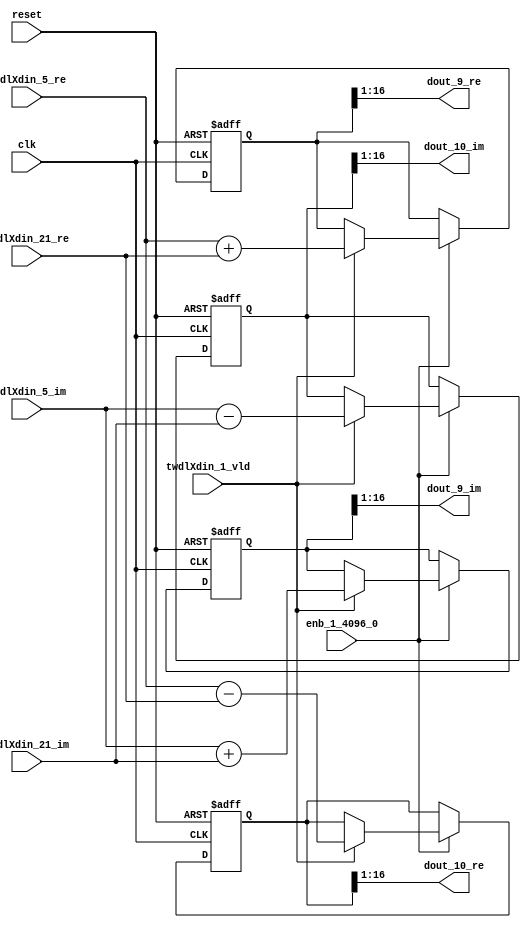
// -------------------------------------------------------------
// 
// 
// Generated by MATLAB 9.14 and HDL Coder 4.1
// 
// -------------------------------------------------------------


// -------------------------------------------------------------
// 
// Module: RADIX22FFT_SDNF1_3_block3
// Source Path: dsphdl.IFFT/RADIX22FFT_SDNF1_3
// Hierarchy Level: 4
// 
// -------------------------------------------------------------

`timescale 1 ns / 1 ns

module RADIX22FFT_SDNF1_3_block3
          (clk,
           reset,
           enb_1_4096_0,
           twdlXdin_5_re,
           twdlXdin_5_im,
           twdlXdin_21_re,
           twdlXdin_21_im,
           twdlXdin_1_vld,
           dout_9_re,
           dout_9_im,
           dout_10_re,
           dout_10_im);


  input   clk;
  input   reset;
  input   enb_1_4096_0;
  input   signed [15:0] twdlXdin_5_re;  // sfix16_En14
  input   signed [15:0] twdlXdin_5_im;  // sfix16_En14
  input   signed [15:0] twdlXdin_21_re;  // sfix16_En14
  input   signed [15:0] twdlXdin_21_im;  // sfix16_En14
  input   twdlXdin_1_vld;
  output  signed [15:0] dout_9_re;  // sfix16_En14
  output  signed [15:0] dout_9_im;  // sfix16_En14
  output  signed [15:0] dout_10_re;  // sfix16_En14
  output  signed [15:0] dout_10_im;  // sfix16_En14


  reg signed [16:0] Radix22ButterflyG1_NF_btf1_re_reg;  // sfix17
  reg signed [16:0] Radix22ButterflyG1_NF_btf1_im_reg;  // sfix17
  reg signed [16:0] Radix22ButterflyG1_NF_btf2_re_reg;  // sfix17
  reg signed [16:0] Radix22ButterflyG1_NF_btf2_im_reg;  // sfix17
  reg  Radix22ButterflyG1_NF_dinXtwdl_vld_dly1;
  reg signed [16:0] Radix22ButterflyG1_NF_btf1_re_reg_next;  // sfix17_En14
  reg signed [16:0] Radix22ButterflyG1_NF_btf1_im_reg_next;  // sfix17_En14
  reg signed [16:0] Radix22ButterflyG1_NF_btf2_re_reg_next;  // sfix17_En14
  reg signed [16:0] Radix22ButterflyG1_NF_btf2_im_reg_next;  // sfix17_En14
  reg  Radix22ButterflyG1_NF_dinXtwdl_vld_dly1_next;
  reg signed [15:0] dout_9_re_1;  // sfix16_En14
  reg signed [15:0] dout_9_im_1;  // sfix16_En14
  reg signed [15:0] dout_10_re_1;  // sfix16_En14
  reg signed [15:0] dout_10_im_1;  // sfix16_En14
  reg  dout_9_vld;
  reg signed [16:0] Radix22ButterflyG1_NF_add_cast;  // sfix17_En14
  reg signed [16:0] Radix22ButterflyG1_NF_add_cast_0;  // sfix17_En14
  reg signed [16:0] Radix22ButterflyG1_NF_sra_temp;  // sfix17_En14
  reg signed [16:0] Radix22ButterflyG1_NF_sub_cast;  // sfix17_En14
  reg signed [16:0] Radix22ButterflyG1_NF_sub_cast_0;  // sfix17_En14
  reg signed [16:0] Radix22ButterflyG1_NF_sra_temp_0;  // sfix17_En14
  reg signed [16:0] Radix22ButterflyG1_NF_add_cast_1;  // sfix17_En14
  reg signed [16:0] Radix22ButterflyG1_NF_add_cast_2;  // sfix17_En14
  reg signed [16:0] Radix22ButterflyG1_NF_sra_temp_1;  // sfix17_En14
  reg signed [16:0] Radix22ButterflyG1_NF_sub_cast_1;  // sfix17_En14
  reg signed [16:0] Radix22ButterflyG1_NF_sub_cast_2;  // sfix17_En14
  reg signed [16:0] Radix22ButterflyG1_NF_sra_temp_2;  // sfix17_En14


  // Radix22ButterflyG1_NF
  always @(posedge clk or posedge reset)
    begin : Radix22ButterflyG1_NF_process
      if (reset == 1'b1) begin
        Radix22ButterflyG1_NF_btf1_re_reg <= 17'sb00000000000000000;
        Radix22ButterflyG1_NF_btf1_im_reg <= 17'sb00000000000000000;
        Radix22ButterflyG1_NF_btf2_re_reg <= 17'sb00000000000000000;
        Radix22ButterflyG1_NF_btf2_im_reg <= 17'sb00000000000000000;
        Radix22ButterflyG1_NF_dinXtwdl_vld_dly1 <= 1'b0;
      end
      else begin
        if (enb_1_4096_0) begin
          Radix22ButterflyG1_NF_btf1_re_reg <= Radix22ButterflyG1_NF_btf1_re_reg_next;
          Radix22ButterflyG1_NF_btf1_im_reg <= Radix22ButterflyG1_NF_btf1_im_reg_next;
          Radix22ButterflyG1_NF_btf2_re_reg <= Radix22ButterflyG1_NF_btf2_re_reg_next;
          Radix22ButterflyG1_NF_btf2_im_reg <= Radix22ButterflyG1_NF_btf2_im_reg_next;
          Radix22ButterflyG1_NF_dinXtwdl_vld_dly1 <= Radix22ButterflyG1_NF_dinXtwdl_vld_dly1_next;
        end
      end
    end

  always @(Radix22ButterflyG1_NF_btf1_im_reg, Radix22ButterflyG1_NF_btf1_re_reg,
       Radix22ButterflyG1_NF_btf2_im_reg, Radix22ButterflyG1_NF_btf2_re_reg,
       Radix22ButterflyG1_NF_dinXtwdl_vld_dly1, twdlXdin_1_vld, twdlXdin_21_im,
       twdlXdin_21_re, twdlXdin_5_im, twdlXdin_5_re) begin
    Radix22ButterflyG1_NF_add_cast = 17'sb00000000000000000;
    Radix22ButterflyG1_NF_add_cast_0 = 17'sb00000000000000000;
    Radix22ButterflyG1_NF_sub_cast = 17'sb00000000000000000;
    Radix22ButterflyG1_NF_sub_cast_0 = 17'sb00000000000000000;
    Radix22ButterflyG1_NF_add_cast_1 = 17'sb00000000000000000;
    Radix22ButterflyG1_NF_add_cast_2 = 17'sb00000000000000000;
    Radix22ButterflyG1_NF_sub_cast_1 = 17'sb00000000000000000;
    Radix22ButterflyG1_NF_sub_cast_2 = 17'sb00000000000000000;
    Radix22ButterflyG1_NF_btf1_re_reg_next = Radix22ButterflyG1_NF_btf1_re_reg;
    Radix22ButterflyG1_NF_btf1_im_reg_next = Radix22ButterflyG1_NF_btf1_im_reg;
    Radix22ButterflyG1_NF_btf2_re_reg_next = Radix22ButterflyG1_NF_btf2_re_reg;
    Radix22ButterflyG1_NF_btf2_im_reg_next = Radix22ButterflyG1_NF_btf2_im_reg;
    Radix22ButterflyG1_NF_dinXtwdl_vld_dly1_next = twdlXdin_1_vld;
    if (twdlXdin_1_vld) begin
      Radix22ButterflyG1_NF_add_cast = {twdlXdin_5_re[15], twdlXdin_5_re};
      Radix22ButterflyG1_NF_add_cast_0 = {twdlXdin_21_re[15], twdlXdin_21_re};
      Radix22ButterflyG1_NF_btf1_re_reg_next = Radix22ButterflyG1_NF_add_cast + Radix22ButterflyG1_NF_add_cast_0;
      Radix22ButterflyG1_NF_sub_cast = {twdlXdin_5_re[15], twdlXdin_5_re};
      Radix22ButterflyG1_NF_sub_cast_0 = {twdlXdin_21_re[15], twdlXdin_21_re};
      Radix22ButterflyG1_NF_btf2_re_reg_next = Radix22ButterflyG1_NF_sub_cast - Radix22ButterflyG1_NF_sub_cast_0;
      Radix22ButterflyG1_NF_add_cast_1 = {twdlXdin_5_im[15], twdlXdin_5_im};
      Radix22ButterflyG1_NF_add_cast_2 = {twdlXdin_21_im[15], twdlXdin_21_im};
      Radix22ButterflyG1_NF_btf1_im_reg_next = Radix22ButterflyG1_NF_add_cast_1 + Radix22ButterflyG1_NF_add_cast_2;
      Radix22ButterflyG1_NF_sub_cast_1 = {twdlXdin_5_im[15], twdlXdin_5_im};
      Radix22ButterflyG1_NF_sub_cast_2 = {twdlXdin_21_im[15], twdlXdin_21_im};
      Radix22ButterflyG1_NF_btf2_im_reg_next = Radix22ButterflyG1_NF_sub_cast_1 - Radix22ButterflyG1_NF_sub_cast_2;
    end
    Radix22ButterflyG1_NF_sra_temp = Radix22ButterflyG1_NF_btf1_re_reg >>> 8'd1;
    dout_9_re_1 = Radix22ButterflyG1_NF_sra_temp[15:0];
    Radix22ButterflyG1_NF_sra_temp_0 = Radix22ButterflyG1_NF_btf1_im_reg >>> 8'd1;
    dout_9_im_1 = Radix22ButterflyG1_NF_sra_temp_0[15:0];
    Radix22ButterflyG1_NF_sra_temp_1 = Radix22ButterflyG1_NF_btf2_re_reg >>> 8'd1;
    dout_10_re_1 = Radix22ButterflyG1_NF_sra_temp_1[15:0];
    Radix22ButterflyG1_NF_sra_temp_2 = Radix22ButterflyG1_NF_btf2_im_reg >>> 8'd1;
    dout_10_im_1 = Radix22ButterflyG1_NF_sra_temp_2[15:0];
    dout_9_vld = Radix22ButterflyG1_NF_dinXtwdl_vld_dly1;
  end



  assign dout_9_re = dout_9_re_1;

  assign dout_9_im = dout_9_im_1;

  assign dout_10_re = dout_10_re_1;

  assign dout_10_im = dout_10_im_1;

endmodule  // RADIX22FFT_SDNF1_3_block3